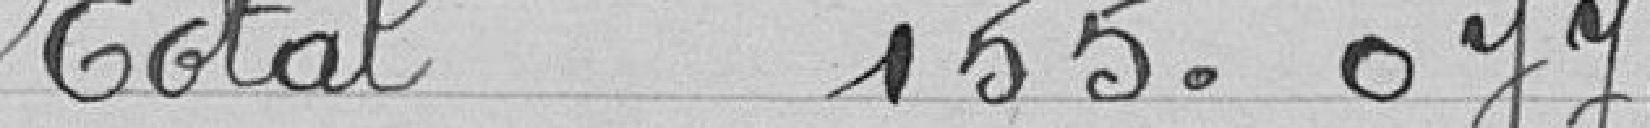
Total 155.077